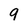
Character: 9